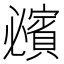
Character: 𧸈